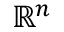
\textstyle \mathbb { R } ^ { n }